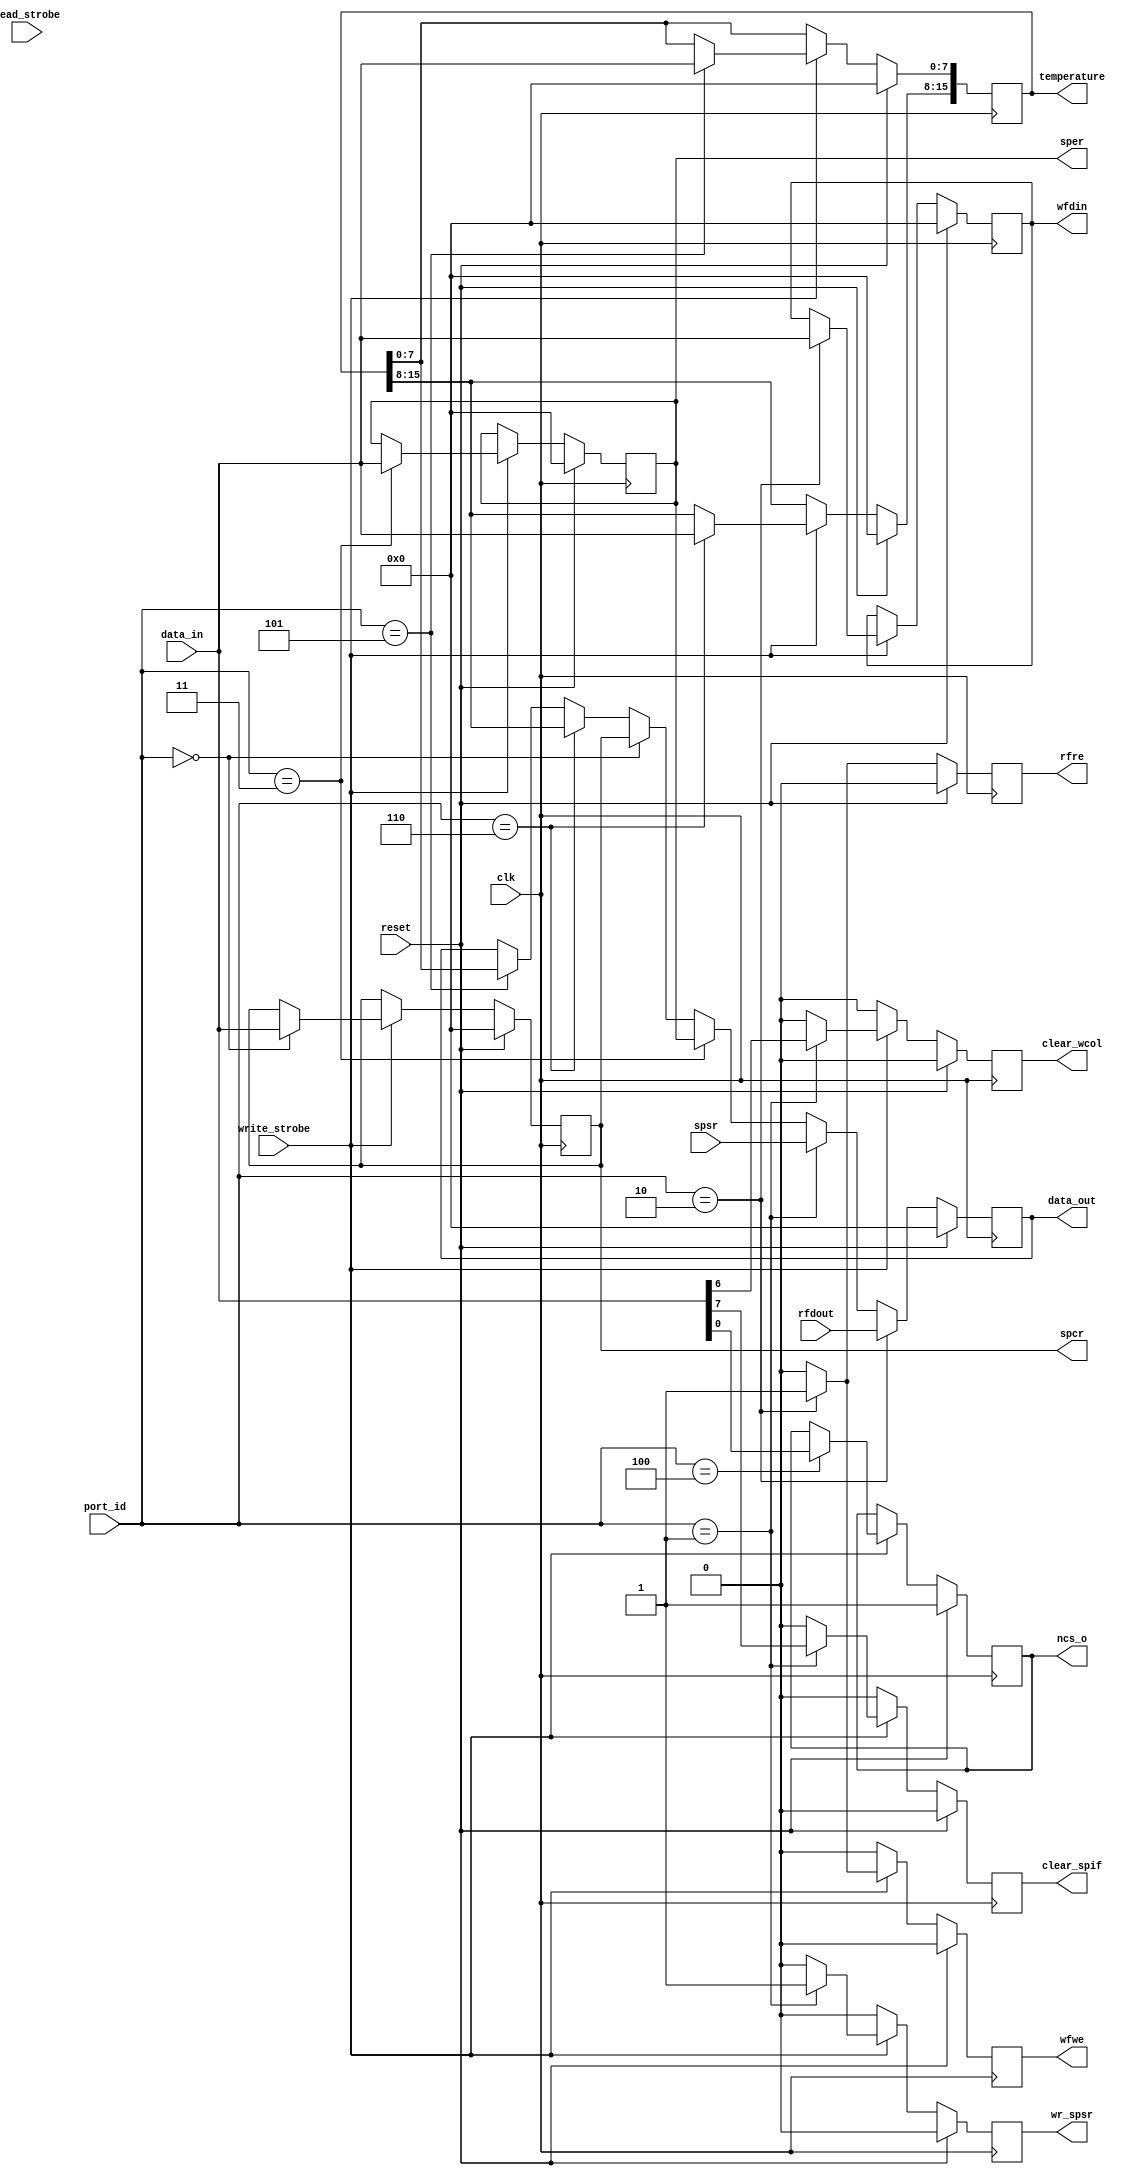
//                              -*- Mode: Verilog -*-
// Description     : SPI Registers
// Last Modified By: Philip Tracton
// Update Count    : 0
// Status          : Unknown, Use with caution!

module spi_regs (/*AUTOARG*/
   // Outputs
   temperature, data_out, wfwe, rfre, wr_spsr, clear_spif, clear_wcol,
   wfdin, ncs_o, spcr, sper,
   // Inputs
   clk, reset, port_id, data_in, read_strobe, write_strobe, rfdout,
   spsr
   ) ;
   parameter BASE_ADDRESS = 8'h00;   

   //
   // System Interface
   //
   input clk;
   input reset;
   output reg [15:0] temperature;
 
   //
   // Picoblaze Bus Interface
   //
   input wire [7:0] port_id;
   input wire [7:0] data_in;
   output reg [7:0] data_out;
   input            read_strobe;
   input            write_strobe;
   
   //
   // Spi Device Interface
   //
   input wire [7:0] rfdout; //Read FIFO Output 
   output reg       wfwe; //Write FIFO     
   output reg       rfre; //Read FIFO
   output reg       wr_spsr; // Write SPSR
   output reg       clear_spif; //Clear the SPIF bit
   output reg       clear_wcol; //Clear the WCOL bit
   output reg [7:0] wfdin;  // Write FIFO Data In
   output reg       ncs_o;
   
   //
   // Registers
   //
   output reg [7:0]       spcr;
   output reg [7:0]       sper;
   input wire [7:0]       spsr;
   


   //
   // Address Decode
   //
   wire                   spcr_enable = (port_id == (BASE_ADDRESS + 8'h00));
   wire                   spsr_enable = (port_id == (BASE_ADDRESS + 8'h01));
   wire                   spdr_enable = (port_id == (BASE_ADDRESS + 8'h02));
   wire                   sper_enable = (port_id == (BASE_ADDRESS + 8'h03));
   wire                   ncso_enable = (port_id == (BASE_ADDRESS + 8'h04));
   wire                   temperature_low_enable  = (port_id == (BASE_ADDRESS + 8'h05));
   wire                   temperature_high_enable = (port_id == (BASE_ADDRESS + 8'h06));
   
   //
   // Register Writing
   //
   always @(posedge clk)
     if (reset) begin
        spcr <= 0;
        sper <= 0; 
        wfdin <= 0;     
        wfwe <= 0; 
        clear_spif <= 0;
        clear_wcol <= 0;   
        wr_spsr <= 0; 
        ncs_o <=1; 
        temperature <= 0;
       
     end else begin
        if (write_strobe) begin
           if (ncso_enable) begin
              ncs_o <= data_in[0];              
           end
           
           if (spsr_enable) begin
              clear_spif <= data_in[7];
              clear_wcol <= data_in[6];
              wr_spsr <= 1;              
           end else begin
              clear_spif <= 0;
              clear_wcol <= 0;
              wr_spsr <= 0;        
           end
           if (temperature_low_enable) begin
              temperature[7:0] <= data_in;              
           end
           if (temperature_high_enable) begin
              temperature[15:8] <= data_in;              
           end
           
           if (spcr_enable) begin
              spcr <= data_in;              
           end
           if (sper_enable) begin
              sper <= data_in;              
           end
           if (spdr_enable) begin
              wfdin <= data_in;
              wfwe <= 1;              
           end else begin
              wfwe <= 0;              
           end
           
        end // if (write_strobe)
        else begin
           clear_spif <= 0;
           clear_wcol <= 0;                   
           wfwe <= 0; 
           wr_spsr <= 0;                  
        end
     end // else: !if(reset)   

   //
   // Register Read
   //
   always @(posedge clk)
     if (reset) begin
        data_out <= 0;  
        rfre <= 0;        
     end else begin
        if (temperature_low_enable) begin
           data_out <= temperature[7:0];              
        end
        if (temperature_high_enable) begin
           data_out <= temperature[15:8];              
        end        
        if (spcr_enable) begin
           data_out <= spcr;           
        end
        if (sper_enable) begin
           data_out <= sper;           
        end
        if (spsr_enable) begin
           data_out <= spsr;           
        end
        if (spdr_enable) begin
           data_out <= rfdout;
           rfre <= 1;           
        end else begin
           rfre <= 0;           
        end
     end
   
endmodule // spi_regs